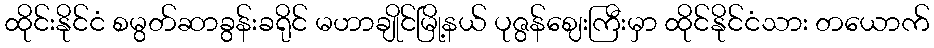
ထိုင်းနိုင်ငံ စမွတ်ဆာခွန်းခရိုင် မဟာချိုင်မြို့နယ် ပုဇွန်ဈေးကြီးမှာ ထိုင်နိုင်ငံသား တယောက်